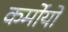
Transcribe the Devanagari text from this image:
कर्मोयों